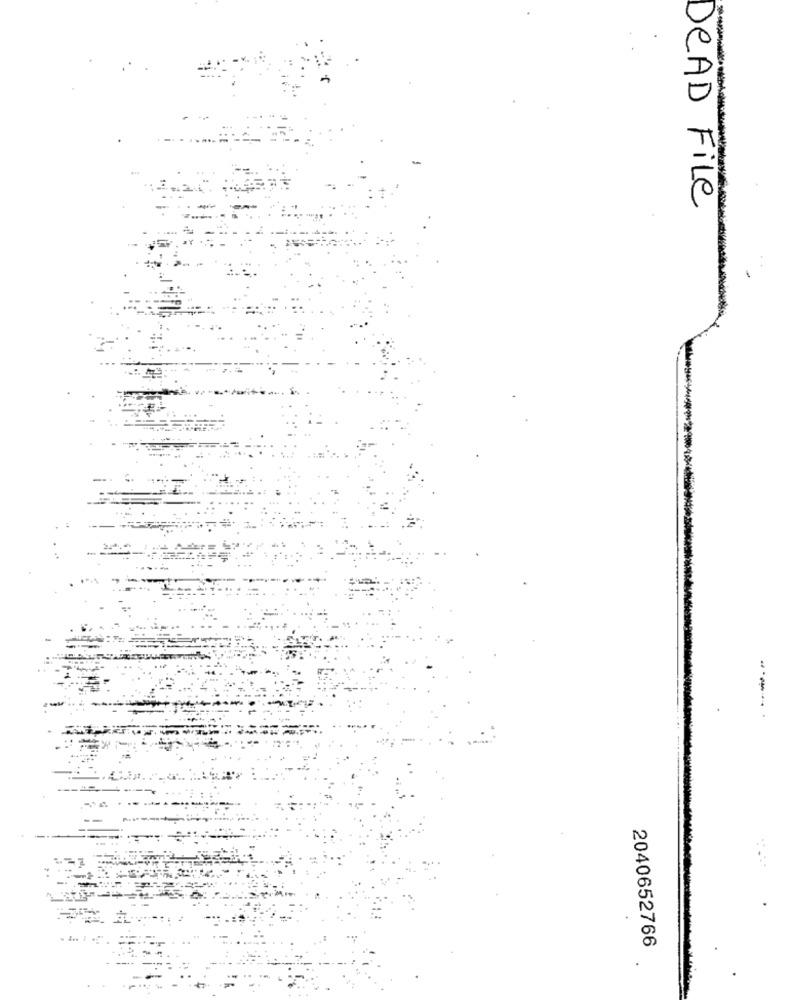
DeAD File
2040652766